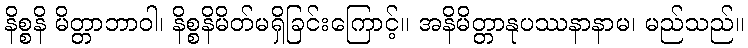
နိစ္စနိ မိတ္တာဘာဝါ၊ နိစ္စနိမိတ်မရှိခြင်းကြောင့်။ အနိမိတ္တာနုပဿနာနာမ၊ မည်သည်။